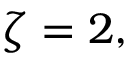
\zeta = 2 ,